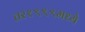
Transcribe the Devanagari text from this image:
तर१९९९मध्ये